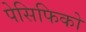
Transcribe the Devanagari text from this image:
पेसिफिको